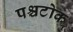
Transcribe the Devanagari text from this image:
पश्चटोक